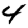
Digit: 4